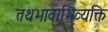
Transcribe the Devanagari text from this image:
तथभावाभिव्यक्ति